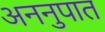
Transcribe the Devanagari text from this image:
अननुपात